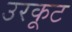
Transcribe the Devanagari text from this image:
उरकूट